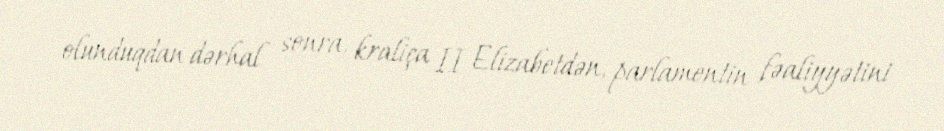
olunduqdan dərhal sonra, kraliça II Elizabetdən, parlamentin fəaliyyətini